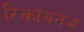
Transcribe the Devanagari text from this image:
रिकॉयनेज